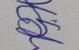
Signature authenticity: genuine